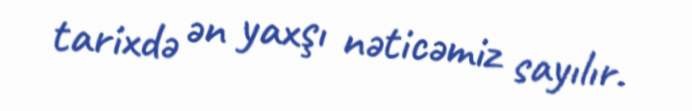
tarixdə ən yaxşı nəticəmiz sayılır.